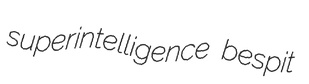
superintelligence bespit